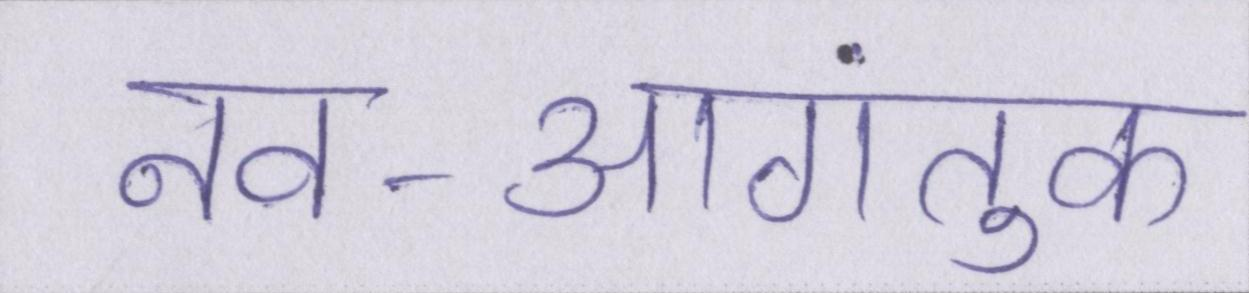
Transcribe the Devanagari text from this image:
नव-आगंतुक